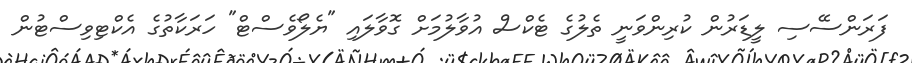
ފަރަންސޭސި ލީޑަރުން ކުރިންވަނީ ތެލުގެ ޓެކްސް އުވާލުމަށް ގޮވާލައި "ޔެލޯވެސްޓް" ހަރަކާތުގެ އެކްޓިވިސްޓުން